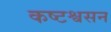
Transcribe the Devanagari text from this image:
कष्टश्वसन